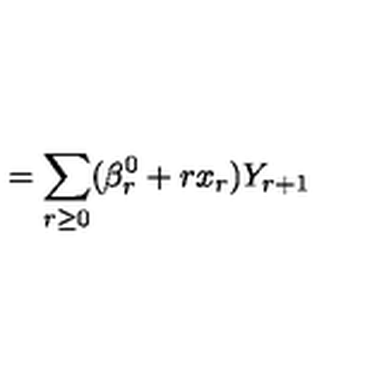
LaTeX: = \sum _ { r \ge 0 } ( \beta _ { r } ^ { 0 } + r x _ { r } ) Y _ { r + 1 }